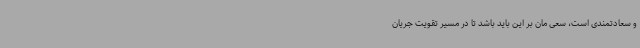
و سعادتمندی است، سعی مان بر این باید باشد تا در مسیر تقویت جریان